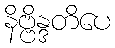
နိဗ္ဗိန္ဒတိပေ